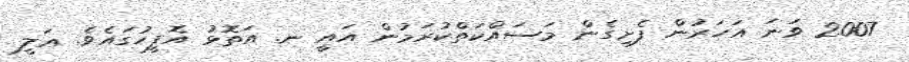
2007 ވަނަ އަހަރުން ފެށިގެން މަސައްކަތްކުރަމުން އައީ ނ. އަތޮޅު އޮފީހުގައެވެ. ޢަލީ